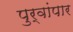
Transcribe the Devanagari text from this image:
पुर्वांपार